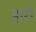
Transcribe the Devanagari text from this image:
हारो